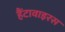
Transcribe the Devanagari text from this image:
हैंटावाइरस